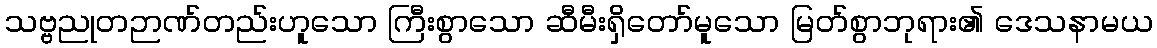
သဗ္ဗညုတဉာဏ်တည်းဟူသော ကြီးစွာသော ဆီမီးရှိတော်မူသော မြတ်စွာဘုရား၏ ဒေသနာမယ